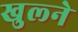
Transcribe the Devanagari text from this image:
खुल्ने